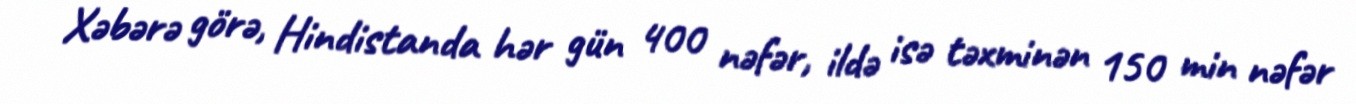
Xəbərə görə, Hindistanda hər gün 400 nəfər, ildə isə təxminən 150 min nəfər